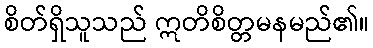
စိတ်ရှိသူသည် ဣတိစိတ္တမနမည်၏။